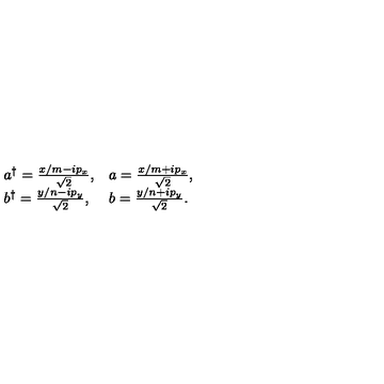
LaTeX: \begin{array} { l l } { a ^ { \dagger } = \frac { x / m - i p _ { x } } { \sqrt { 2 } } , } & { a = \frac { x / m + i p _ { x } } { \sqrt { 2 } } , } \\ { b ^ { \dagger } = \frac { y / n - i p _ { y } } { \sqrt { 2 } } , } & { b = \frac { y / n + i p _ { y } } { \sqrt { 2 } } . } \\ \end{array}